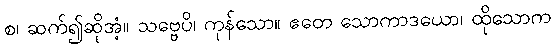
စ၊ ဆက်၍ဆိုအံ့။ သဗ္ဗေပိ၊ ကုန်သော။ ဧတေ သောကာဒယော၊ ထိုသောက